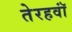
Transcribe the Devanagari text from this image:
तेरहवॉं